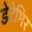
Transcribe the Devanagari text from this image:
डेटेमिर